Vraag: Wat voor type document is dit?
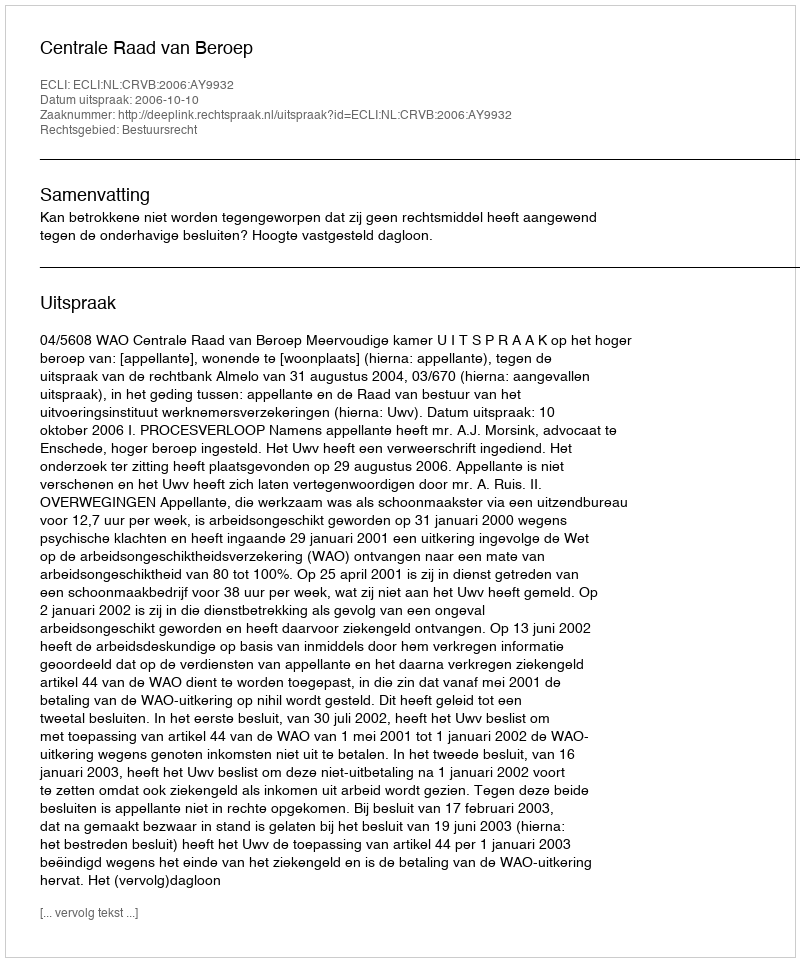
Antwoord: Uitspraak